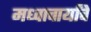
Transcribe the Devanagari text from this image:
मध्वाचार्यांचे